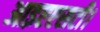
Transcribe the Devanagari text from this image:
आइएएसटी।